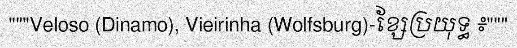
"""Veloso (Dinamo), Vieirinha (Wolfsburg)-ខ្សែប្រយុទ្ធ ៖"""